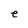
Character: e